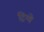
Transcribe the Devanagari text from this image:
ट्रिग्वे